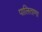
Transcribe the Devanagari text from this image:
पालिताणा